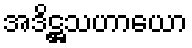
အဒိဋ္ဌသဟာယော